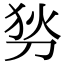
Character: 𠜓